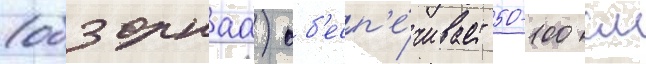
(обзорнаа) об'есп'е́чивает 50-100 см